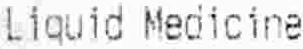
LIQUID MEDICINE